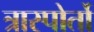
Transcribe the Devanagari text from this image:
त्रास्पोर्तो